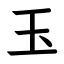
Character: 玉